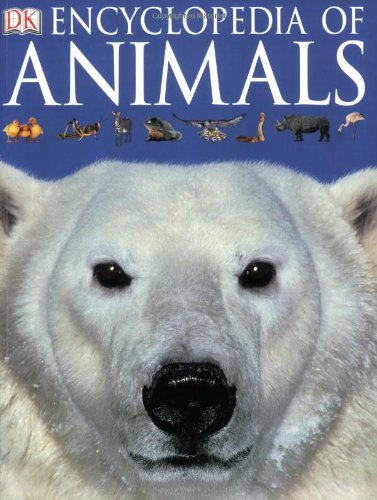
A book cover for Encyclopedia of Animals; DK; Reference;